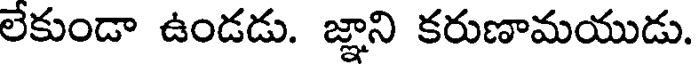
లేకుండా ఉండడు. జ్ఞాని కరుణామయుడు.